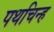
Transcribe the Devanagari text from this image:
पथचिन्ह